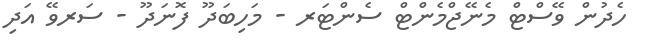
ހެދުން ވޭސްޓް މެނޭޖްމެންޓް ސެންޓަރ - މަހިބަދޫ ފޮނަދޫ - ސަރވޭ އަދި